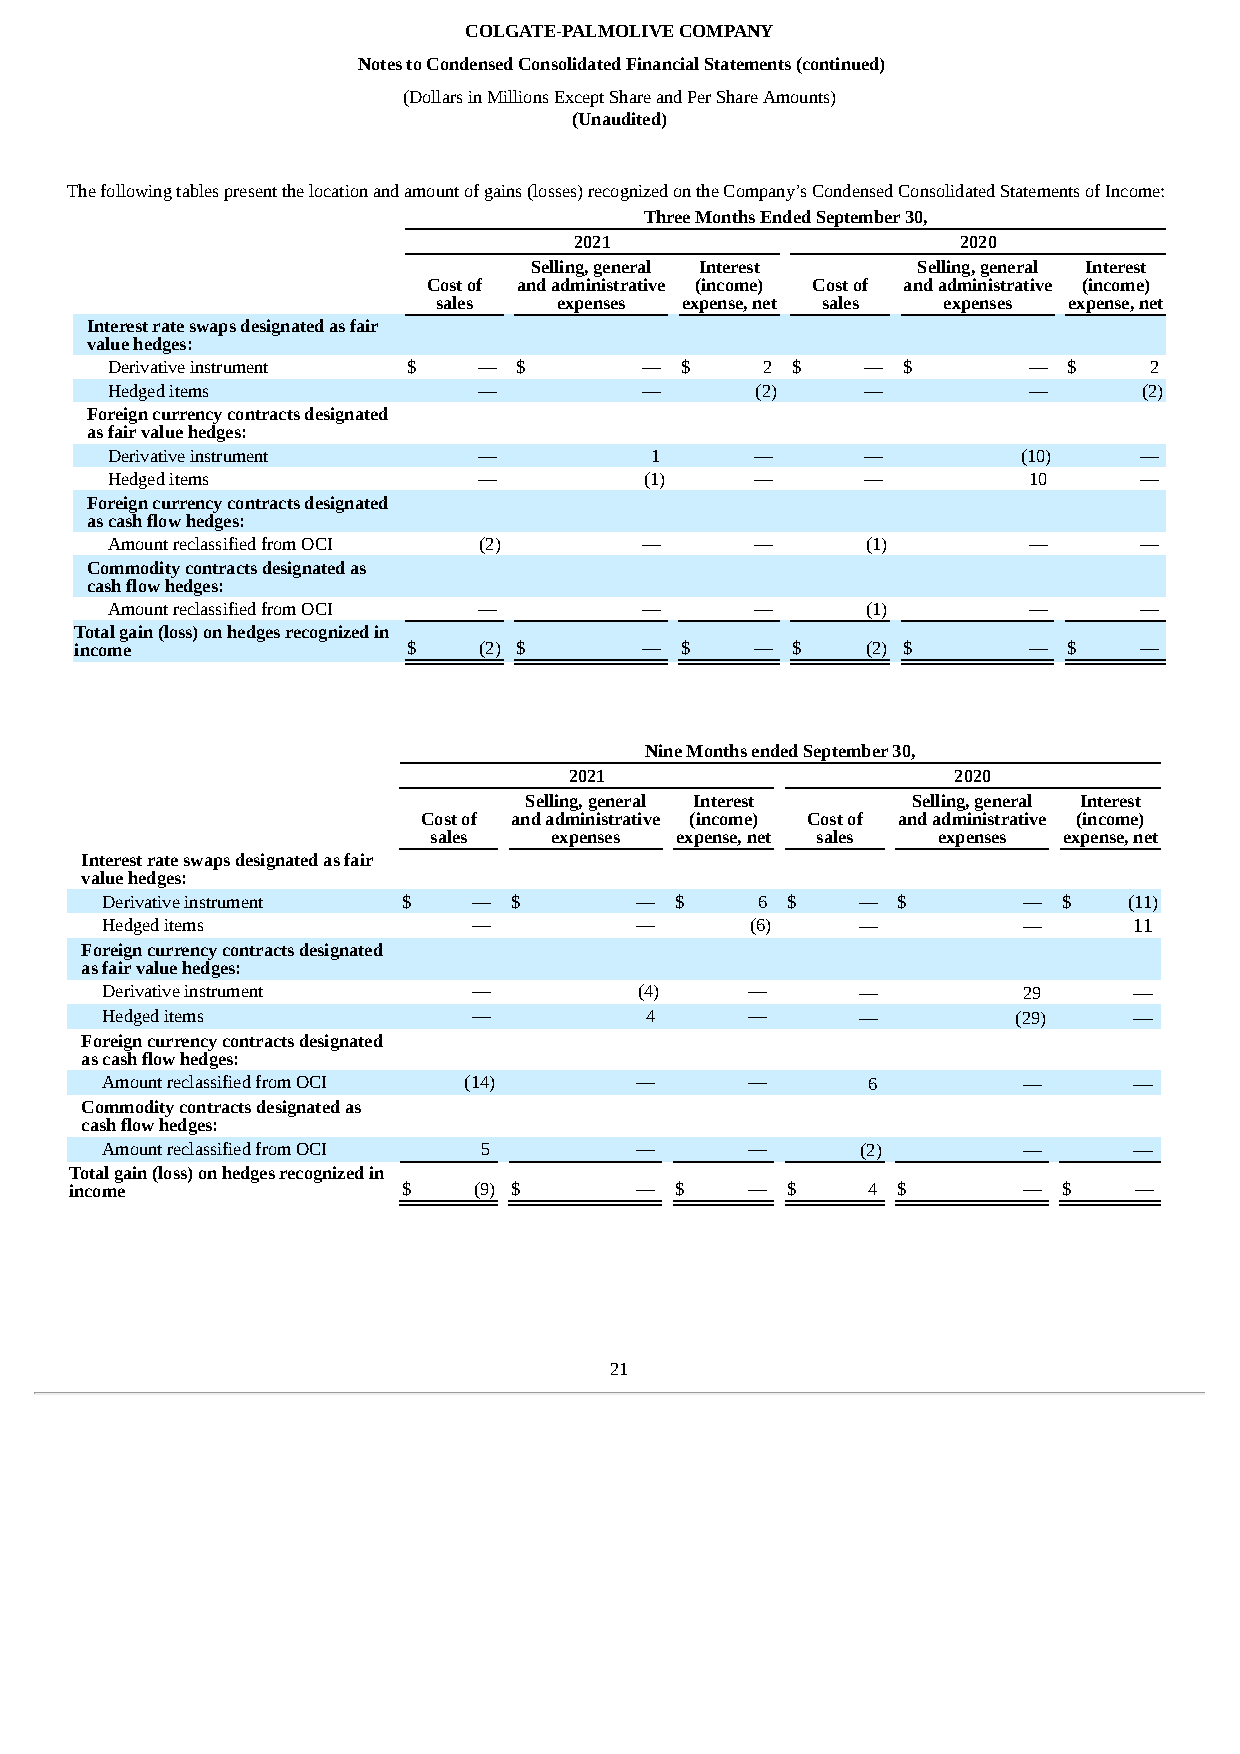
COLGATE-PALMOLIVE COMPANY
 Notes to Condensed Consolidated Financial Statements (continued)
 (Dollars in Millions Except Share and Per Share Amounts)
 (Unaudited)
 The following tables present the location and amount of gains (losses) recognized on the Company’s Condensed Consolidated Statements of Income:
 Three Months Ended September 30,
 2021                      2020
 Selling, general Interest Selling, general Interest
 Cost of and administrative (income) Cost of and administrative (income)
 sales   expenses expense, net sales expenses expense, net
 Interest rate swaps designated as fair
 value hedges:
 Derivative instrument $  — $       —  $    2 $    —  $       —  $    2
 Hedged items             —         —       (2)    —          —       (2)
 Foreign currency contracts designated
 as fair value hedges:
 Derivative instrument    —          1      —      —          (10)   —
 Hedged items             —          (1)    —      —          10     —
 Foreign currency contracts designated
 as cash flow hedges:
 Amount reclassified from OCI (2)   —       —      (1)        —      —
 Commodity contracts designated as
 cash flow hedges:
 Amount reclassified from OCI —     —       —      (1)        —      —
 Total gain (loss) on hedges recognized in
 income                $    (2) $     —  $    — $    (2) $      —  $   —
 Nine Months ended September 30,
 2021                     2020
 Selling, general Interest Selling, general Interest
 Cost of and administrative (income) Cost of and administrative (income)
 sales   expenses expense, net sales expenses expense, net
 Interest rate swaps designated as fair
 value hedges:
 Derivative instrument $ —  $       —  $    6 $    — $        — $    (11)
 Hedged items            —          —       (6)    —          —      11
 Foreign currency contracts designated
 as fair value hedges:
 Derivative instrument   —          (4)     —      —          29     —
 Hedged items            —           4      —      —         (29)    —
 Foreign currency contracts designated
 as cash flow hedges:
 Amount reclassified from OCI (14)  —       —      6          —      —
 Commodity contracts designated as
 cash flow hedges:
 Amount reclassified from OCI 5     —       —      (2)        —      —
 Total gain (loss) on hedges recognized in
 income                $   (9) $      —  $    — $    4 $        — $    —
 21